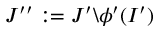
J ^ { \prime \prime } : = J ^ { \prime } \backslash \phi ^ { \prime } ( I ^ { \prime } )